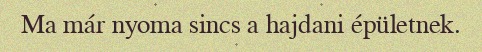
Ma már nyoma sincs a hajdani épületnek.